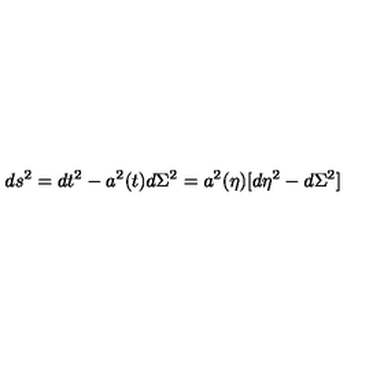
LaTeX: d s ^ { 2 } = d t ^ { 2 } - a ^ { 2 } ( t ) d \Sigma ^ { 2 } = a ^ { 2 } ( \eta ) [ d \eta ^ { 2 } - d \Sigma ^ { 2 } ]